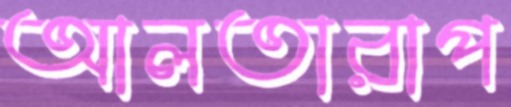
আলতারাপ